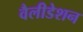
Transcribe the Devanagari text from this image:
वैलीडेशन